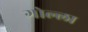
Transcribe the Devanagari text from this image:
गोल्ला